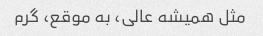
مثل همیشه عالی، به موقع، گرم